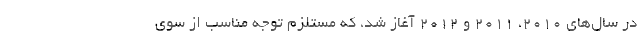
در سال‌های ۲۰۱۰، ۲۰۱۱ و ۲۰۱۲ آغاز شد، که مستلزم توجه مناسب از سوی